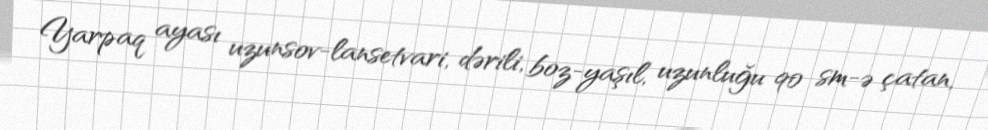
Yarpaq ayası uzunsov-lansetvari, dərili, boz-yaşıl, uzunluğu 90 sm-ə çatan,